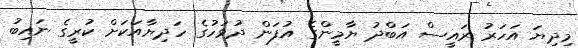
މިދިޔަ އަހަރު ރައީސް އަބްދު ޔާމީންގެ އުފަން ދުވަހުގެ ހަދިޔާއަކަށް ކުރީގެ ނައިބު